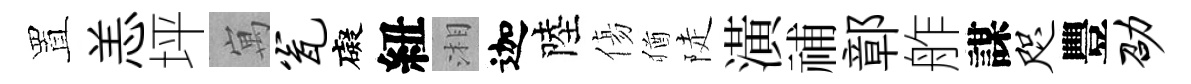
置恙坪寓瓮礙紐湘迦陸傷猶陡潢𥙷鄣舴謀咫豐劭